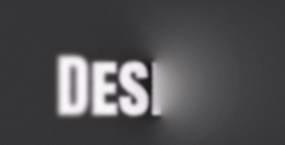
Design